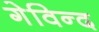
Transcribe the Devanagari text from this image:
गेविन्द